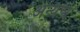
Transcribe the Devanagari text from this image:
अन्यन्त्र